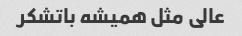
عالی مثل همیشه باتشکر